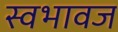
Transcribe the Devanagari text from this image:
स्वभावज